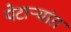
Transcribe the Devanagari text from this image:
पेटाऱ्यांत